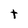
Character: t